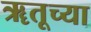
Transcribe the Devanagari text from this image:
ॠतूच्या